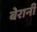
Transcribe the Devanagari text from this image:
बेरानी